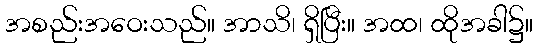
အစည်းအဝေးသည်။ အာသိ၊ ရှိပြီး။ အထ၊ ထိုအခါ၌။